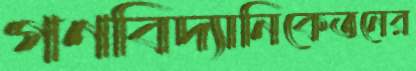
গণবিদ্যানিকেতনের